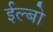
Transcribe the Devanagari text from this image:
ईल्बो